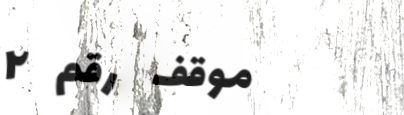
موقف رقم ٢